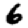
Digit: 6